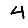
Digit: 4